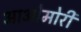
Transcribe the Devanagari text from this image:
आओमोरी